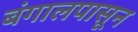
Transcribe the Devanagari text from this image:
बंगालपासून